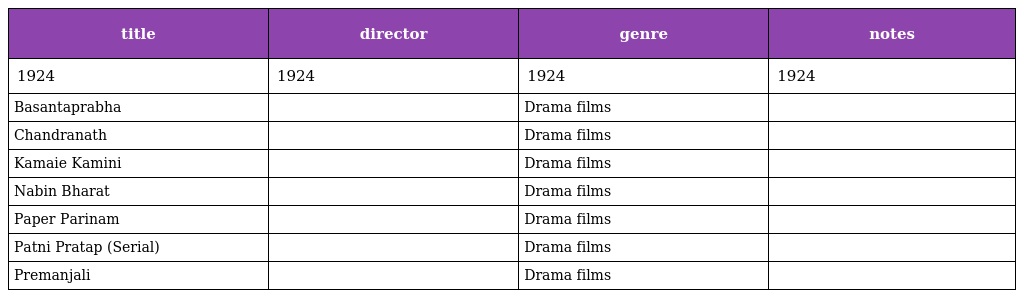
| title | director | genre | notes |
 | --- | --- | --- | --- |
 | 1924 | 1924 | 1924 | 1924 |
 | Basantaprabha |  | Drama films |  |
 | Chandranath |  | Drama films |  |
 | Kamaie Kamini |  | Drama films |  |
 | Nabin Bharat |  | Drama films |  |
 | Paper Parinam |  | Drama films |  |
 | Patni Pratap (Serial) |  | Drama films |  |
 | Premanjali |  | Drama films |  |